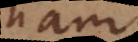
nam